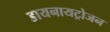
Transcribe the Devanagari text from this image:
डायनायट्रोजन